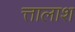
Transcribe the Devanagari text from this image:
त्तालाश